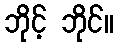
ဘိုင့် ဘိုင်။